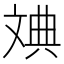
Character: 𪯦